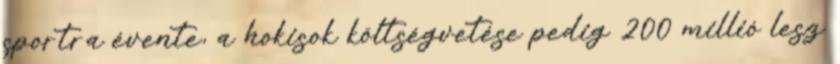
sportra évente, a hokisok költségvetése pedig 200 millió lesz